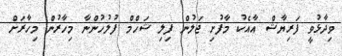
ވިދާޅުވީ ފަރިޔާޝް އާއެކު މާފުށި ޖަލުން ފިލި ޝަހްމް ފުލުހުންނާ މިހާރުން މިހާރަށް